Problem: 9 × 6 = ?
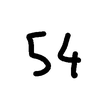
Handwritten answer: 54